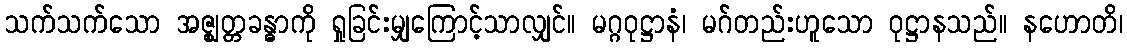
သက်သက်သော အဇ္ဈတ္တခန္ဓာကို ရှုခြင်းမျှကြောင့်သာလျှင်။ မဂ္ဂဝုဋ္ဌာနံ၊ မဂ်တည်းဟူသော ဝုဋ္ဌာနသည်။ နဟောတိ၊